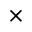
\times